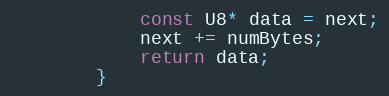
Language: C
			const U8* data = next;
			next += numBytes;
			return data;
		}